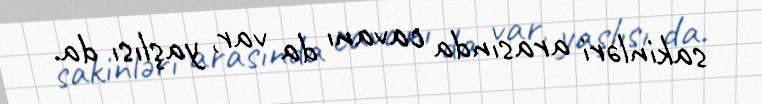
sakinləri arasında cavanı da var, yaşlısı da.